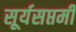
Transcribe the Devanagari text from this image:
सूर्यसप्तमी